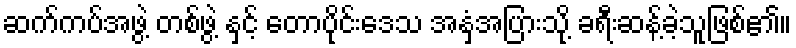
ဆက်ကပ်အဖွဲ့ တစ်ဖွဲ့ နှင့် တောပိုင်းဒေသ အနှံ့အပြားသို့ ခရီးဆန့်ခဲ့သူဖြစ်၏။